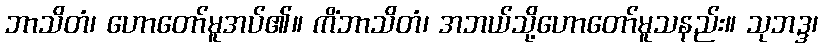
ဘာသိတံ၊ ဟောတော်မူအပ်၏။ ကိံဘာသိတံ၊ အဘယ်သို့ဟောတော်မူသနည်း။ သုဘဒ္ဒ၊